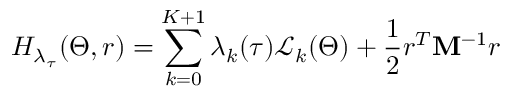
H _ { \lambda _ { \tau } } ( \Theta , r ) = \sum _ { k = 0 } ^ { K + 1 } \lambda _ { k } ( \tau ) \mathcal { L } _ { k } ( \Theta ) + \frac { 1 } { 2 } r ^ { T } \mathbf { M } ^ { - 1 } r